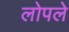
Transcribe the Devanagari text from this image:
लोपले